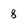
Character: 8